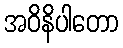
အဝိနိပါတော